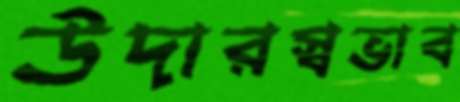
উদারস্বভাব